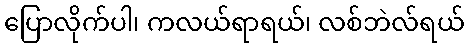
ပြောလိုက်ပါ၊ ကလယ်ရာရယ်၊ လစ်ဘဲလ်ရယ်